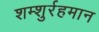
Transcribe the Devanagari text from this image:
शम्शुर्रहमान